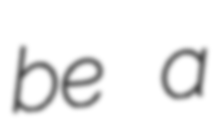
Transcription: be a